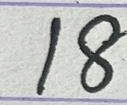
18